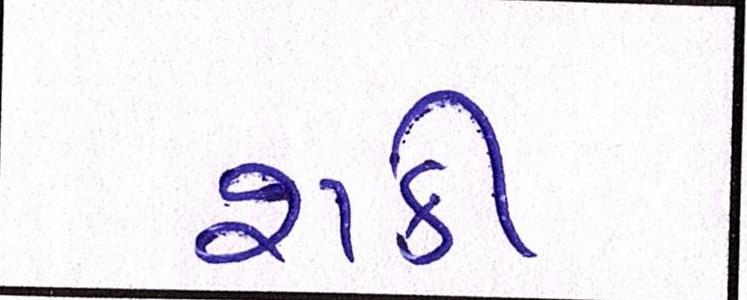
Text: શકી